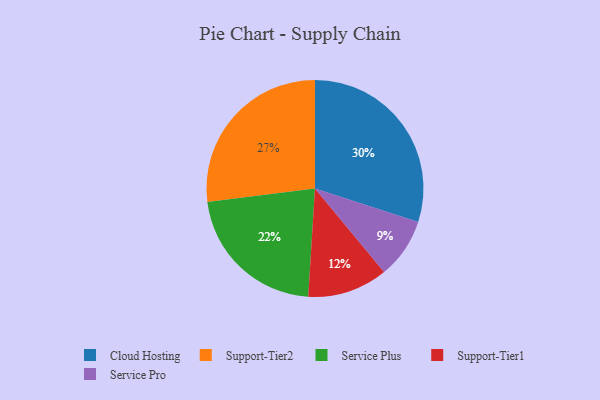
{"axis": {"x": "Category", "y": "Percentage"}, "legend": ["Cloud Hosting", "Service Plus", "Service Pro", "Support-Tier1", "Support-Tier2"], "data": [{"x": "Cloud Hosting", "y": 30, "type": "Cloud Hosting"}, {"x": "Service Pro", "y": 9, "type": "Service Pro"}, {"x": "Service Plus", "y": 22, "type": "Service Plus"}, {"x": "Support-Tier1", "y": 12, "type": "Support-Tier1"}, {"x": "Support-Tier2", "y": 27, "type": "Support-Tier2"}]}